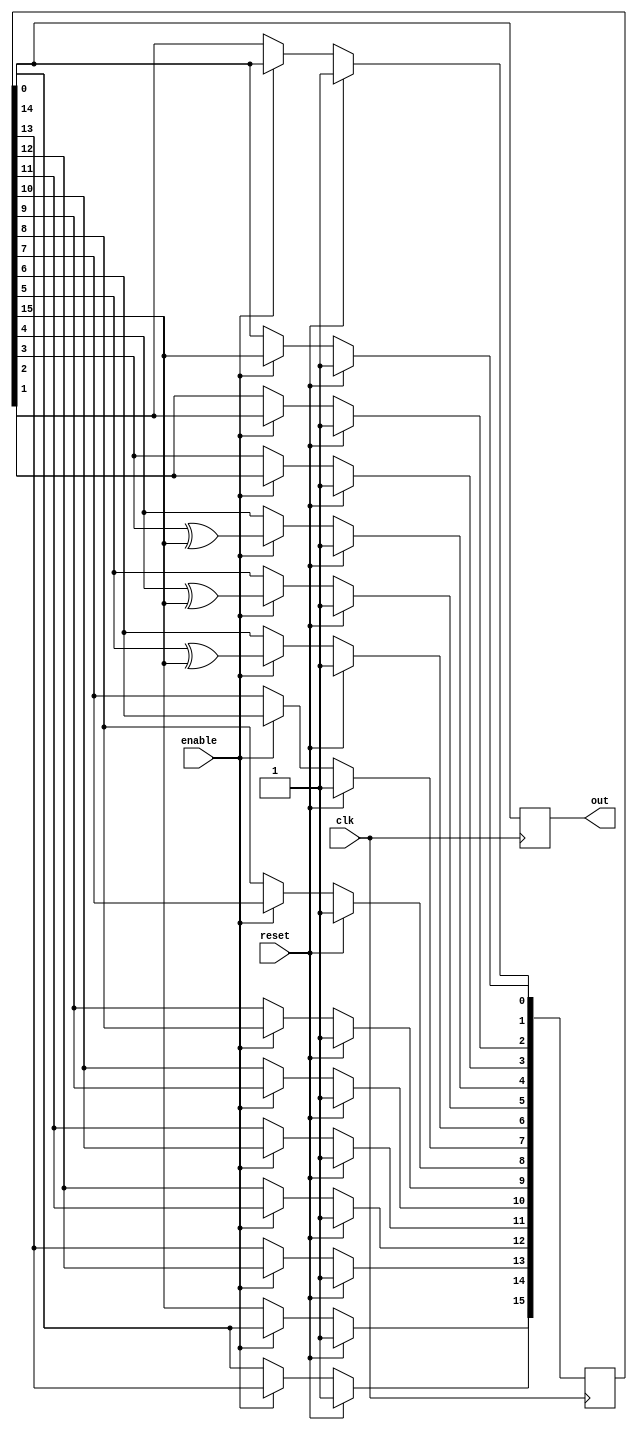
//`timescale 1ns/1ps

module lfsr (
output reg out,
input enable,
input clk,
input reset
);

reg [15:0] lfsr;
wire linear_feedback;
assign linear_feedback = lfsr[15];

initial begin
  lfsr <= 16'hffff;
end

     
always @(posedge clk) begin
  out <= lfsr[0]; 
  if (reset) begin
    lfsr <= 16'hffff;
  end else if (enable) begin
      lfsr[0] <= linear_feedback;
      lfsr[1] <= lfsr[0];
      lfsr[2] <= lfsr[1];
      lfsr[3] <= lfsr[2];
      lfsr[4] <= lfsr[3] ^ linear_feedback;
      lfsr[5] <= lfsr[4] ^ linear_feedback; 
      lfsr[6] <= lfsr[5] ^ linear_feedback;
      lfsr[7] <= lfsr[6];
      lfsr[8] <= lfsr[7];
      lfsr[9] <= lfsr[8];
      lfsr[10] <= lfsr[9];
      lfsr[11] <= lfsr[10];
      lfsr[12] <= lfsr[11];
      lfsr[13] <= lfsr[12];
      lfsr[14] <= lfsr[13];
      lfsr[15] <= lfsr[14];
  end
end
endmodule